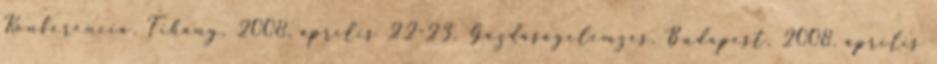
Konferencia. Tihany, 2008. április 22-23. Gazdaságelemzés. Budapest, 2008. április